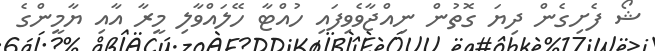
ޝޯ ފެށިގެން ދިޔަ ގޮތުން ނިއްޖާވެވިފައި ހުއްޓާ ހޭލައްވާލި މީރާ އާއި ޔާމީންގެ